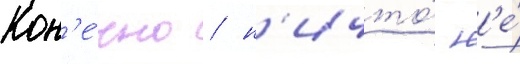
Кон'е́чно / н'ичто́ н'е́